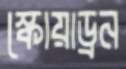
স্কোয়াড্রন